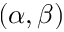
( \alpha , \beta )